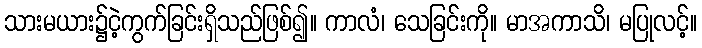
သားမယား၌ငဲ့ကွက်ခြင်းရှိသည်ဖြစ်၍။ ကာလံ၊ သေခြင်းကို။ မာအကာသိ၊ မပြုလင့်။